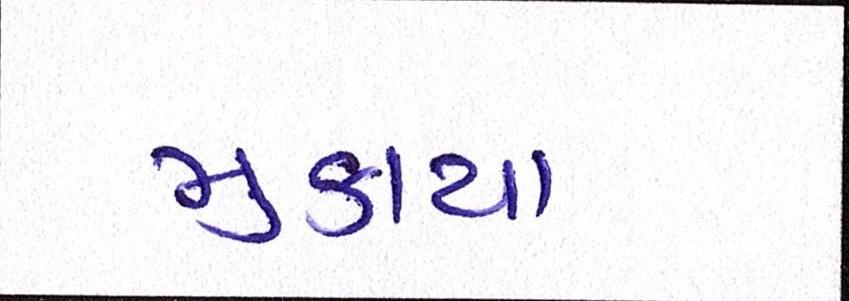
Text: મુકાયા